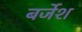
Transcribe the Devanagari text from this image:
बर्जेश